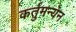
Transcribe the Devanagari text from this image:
कर्तुमन्येन